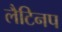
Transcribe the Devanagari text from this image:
लैटिनप